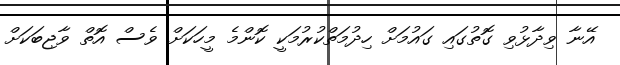
އޭނާ ވިދާޅުވި ގޮތުގައި ގައުމަށް ހިދުމަތްކުރުމަކީ ކޮންމެ މީހަކަށް ވެސް އޮތް ވާޖިިބަކަށް